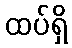
ထပ်ရှိ